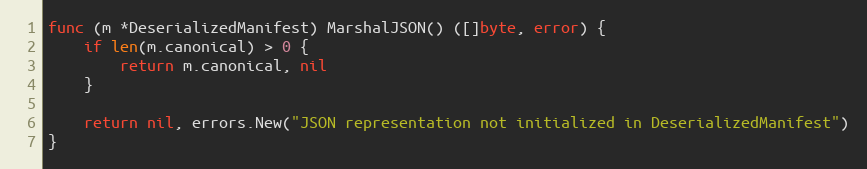
Language: Go
func (m *DeserializedManifest) MarshalJSON() ([]byte, error) {
	if len(m.canonical) > 0 {
		return m.canonical, nil
	}

	return nil, errors.New("JSON representation not initialized in DeserializedManifest")
}